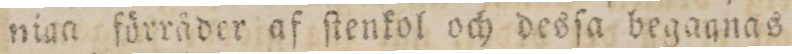
niga förråder af ſtenkol och desſa begaanas